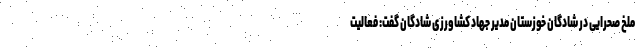
ملخ صحرایی در شادگان خوزستان مدیر جهاد کشاورزی شادگان گفت: فعالیت